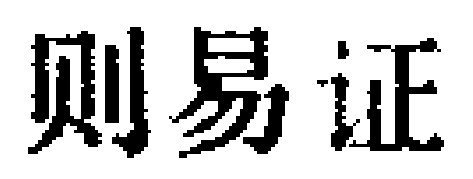
则易证